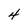
Character: 4